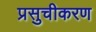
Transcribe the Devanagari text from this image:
प्रसुचीकरण